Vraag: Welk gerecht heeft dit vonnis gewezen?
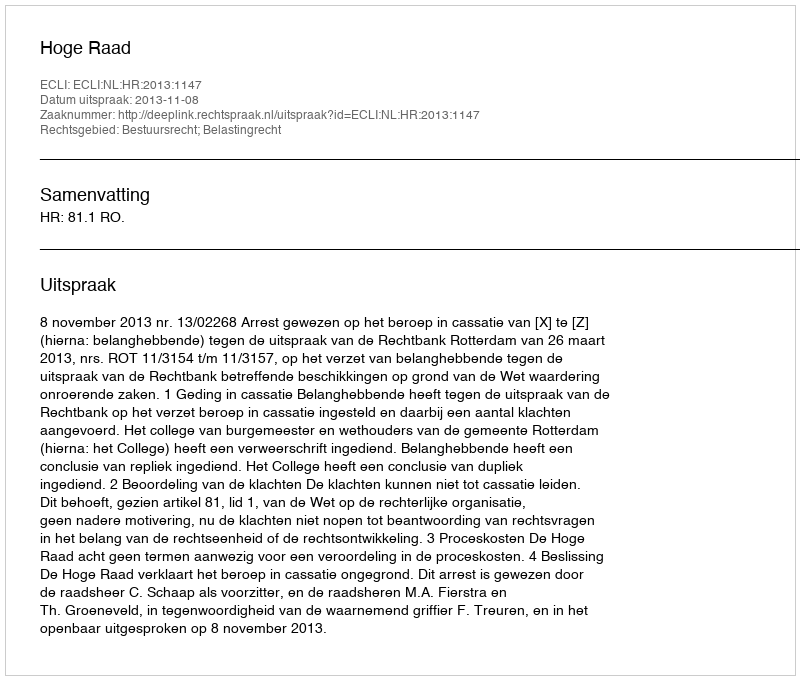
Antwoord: Hoge Raad